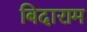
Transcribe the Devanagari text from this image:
बिदाराम